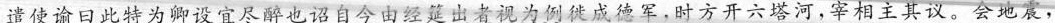
遣使谕日此特为卿设宜尽醉也诏自令由经筵出者视为倒徙成德军，时方开六塔河，宰相主其议。会地震，